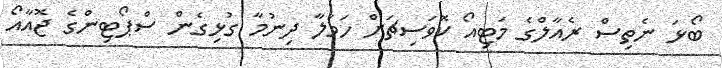
ބޯޅަ ނެތިސް ރެއާލްގެ މަޓިއޯ ކޮވަސިޗަށް ހަމަލާ ދިނުމާ ގުޅިގެން ސްޕޯޓިންގެ ޖޮއާއޯ